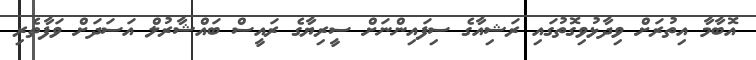
އޮބާމާ އިތުރަށް ވިދާޅުވިގޮތުގައި ރަޝިއާގެ ސިފައިންނަށް ސީރިޔާގެ ރައީސް ބައްޝާރުލް އަސަދަށް ވަފާތެރި